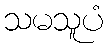
သမသူပံ